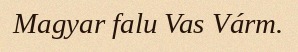
Magyar falu Vas Várm.